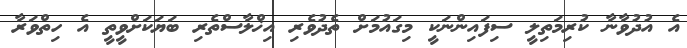
އެ އުދުވާނާ ކުރިމަތިލީ ސިފައިންނަކީ މިގައުމަށް ތެދުވެރި އިޚްލާސްތެރި ބަޔަކަށްވީތީ އެ ހިތްވަރާ